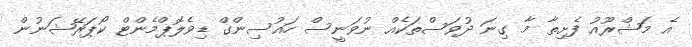
އެ މަޝްރޫއު ފެށިތާ މާ ގިނަ ދުވަސްތަކެއް ނުވަނީސް ހައުސިންގް ޑިވެލޮޕްމެންޓް ކޯޕަރޭޝަނުން